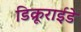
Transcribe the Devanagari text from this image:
डिक्रूराईडे